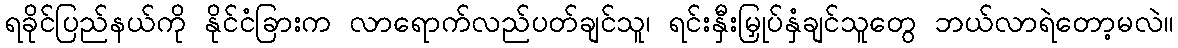
ရခိုင်ပြည်နယ်ကို နိုင်ငံခြားက လာရောက်လည်ပတ်ချင်သူ၊ ရင်းနှီးမြှုပ်နှံချင်သူတွေ ဘယ်လာရဲတော့မလဲ။